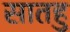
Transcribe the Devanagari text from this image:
सातहु